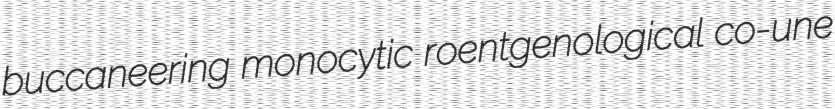
buccaneering monocytic roentgenological co-une